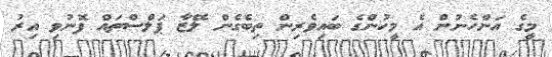
މީގެ އަންހެނުން އެ މީހުންގެ ބައިވެރިން ތިިބެގެން ލޭޒާ ޕަލްސްތައް ފޮނުވި އިރު